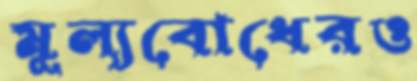
মূল্যবোধেরও